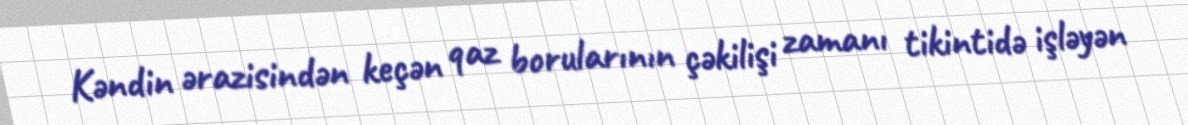
Kəndin ərazisindən keçən qaz borularının çəkilişi zamanı tikintidə işləyən